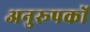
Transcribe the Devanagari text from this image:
अनुरूपकों